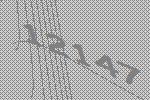
12147